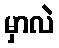
မှာလဲ